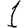
Digit: 1